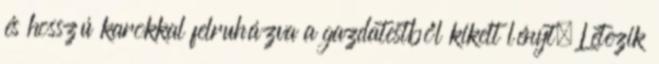
és hosszú karokkal felruházva a gazdatestből kikelt lényt. Létezik